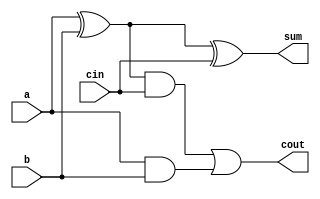
`timescale 1ns / 1ps
//////////////////////////////////////////////////////////////////////////////////
// Company: 
// Engineer: 
// 
// Design Name: 
// Module Name: Full_Adder
// Project Name: 
// Target Devices: 
// Tool Versions: 
// Description: 
// 
// Dependencies: 
// 
// Revision:
// Revision 0.01 - File Created
// Additional Comments:
// 
//////////////////////////////////////////////////////////////////////////////////


module Full_Adder(
        input a,b,cin,
        output sum,cout
    );
    
    wire tmp1,tmp2,tmp3,tmp4;
    
    xor x1(tmp1,a,b);
    and a1(tmp2,a,b);
    and a2(tmp3,tmp1,cin);
    xor x2(sum,tmp1,cin);
    or o1(cout,tmp3,tmp2);
    
endmodule